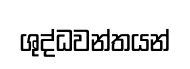
ශුද්ධවන්තයන්